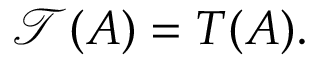
{ \mathcal { T } } ( A ) = T ( A ) .